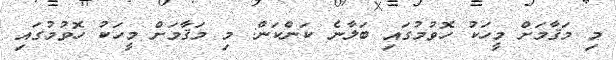
މި މަޤާމަށް މީހަކު ހޮވުމުގައި ބަލާނެ ކަންކަން: މި މަޤާމަށް މީހަކު ހޮވުމުގައި